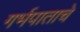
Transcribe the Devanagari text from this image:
गर्भपाताचे